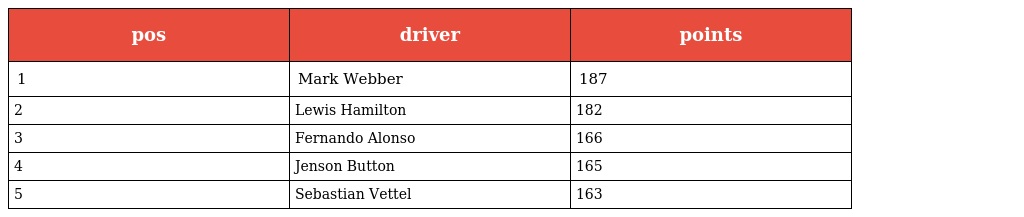
| pos | driver | points |
 | --- | --- | --- |
 | 1 | Mark Webber | 187 |
 | 2 | Lewis Hamilton | 182 |
 | 3 | Fernando Alonso | 166 |
 | 4 | Jenson Button | 165 |
 | 5 | Sebastian Vettel | 163 |